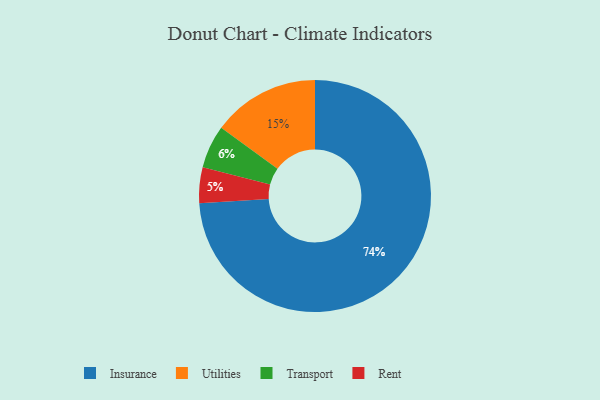
{"axis": {"x": "Category", "y": "Percentage"}, "legend": ["Insurance", "Rent", "Transport", "Utilities"], "data": [{"x": "Utilities", "y": 15, "type": "Utilities"}, {"x": "Insurance", "y": 74, "type": "Insurance"}, {"x": "Transport", "y": 6, "type": "Transport"}, {"x": "Rent", "y": 5, "type": "Rent"}]}